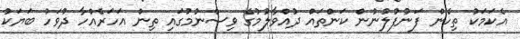
އެކަމަކު ތިހެން ފަނުފުލުނުން ކަންތައް ދުއްވާލުމުގެ ވިސްނުމުގައި ތިން އަހަރެއްހާ ދުވަހު ބަޔަކު